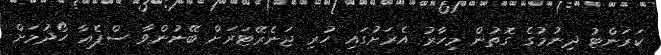
ކަރަންޓު ދިނުމުގެ ގޮތުން މިހާރު އެރަށުގައި ހުރި ޖަނެރޭޓަރަށް ބޭނުންވާ ސްޕެއާ ހޯދުމަށް